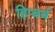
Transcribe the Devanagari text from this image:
हिप्बर्थ